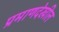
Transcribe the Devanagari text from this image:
प्रमाणदेखील